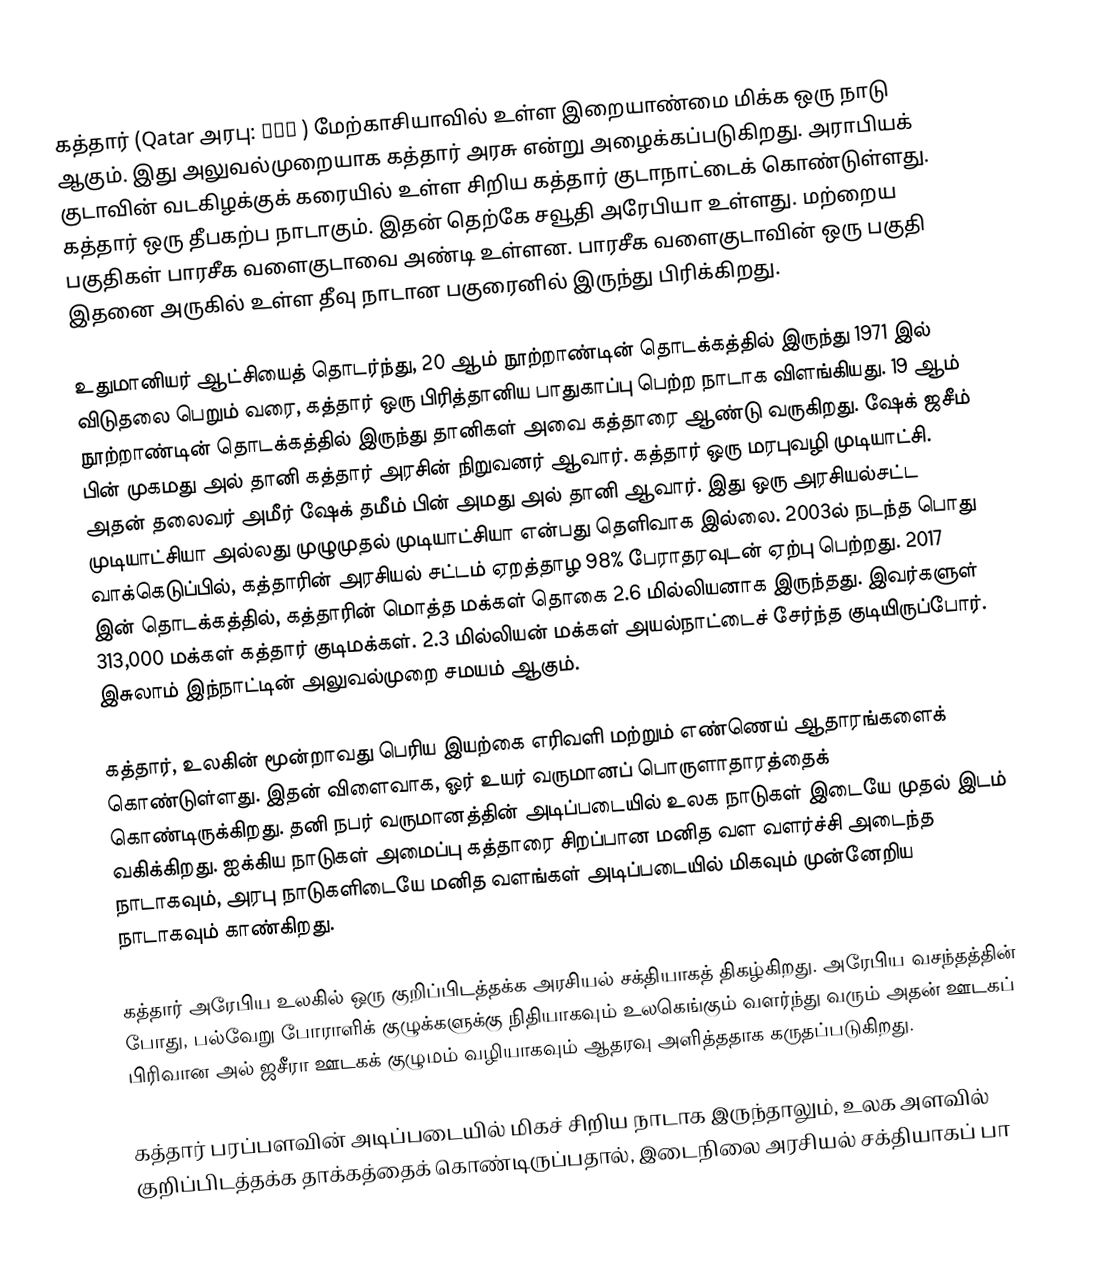
கத்தார் (Qatar அரபு: قطر ) மேற்காசியாவில் உள்ள இறையாண்மை மிக்க ஒரு நாடு ஆகும். இது அலுவல்முறையாக கத்தார் அரசு என்று அழைக்கப்படுகிறது. அராபியக் குடாவின் வடகிழக்குக் கரையில் உள்ள சிறிய கத்தார் குடாநாட்டைக் கொண்டுள்ளது. கத்தார் ஒரு தீபகற்ப நாடாகும். இதன் தெற்கே சவூதி அரேபியா உள்ளது. மற்றைய பகுதிகள் பாரசீக வளைகுடாவை அண்டி உள்ளன. பாரசீக வளைகுடாவின் ஒரு பகுதி இதனை அருகில் உள்ள தீவு நாடான பகுரைனில் இருந்து பிரிக்கிறது.

உதுமானியர் ஆட்சியைத் தொடர்ந்து, 20 ஆம் நூற்றாண்டின் தொடக்கத்தில் இருந்து 1971 இல் விடுதலை பெறும் வரை, கத்தார் ஒரு பிரித்தானிய பாதுகாப்பு பெற்ற நாடாக விளங்கியது. 19 ஆம் நூற்றாண்டின் தொடக்கத்தில் இருந்து தானிகள் அவை கத்தாரை ஆண்டு வருகிறது. ஷேக் ஜசீம் பின் முகமது அல் தானி கத்தார் அரசின் நிறுவனர் ஆவார். கத்தார் ஒரு மரபுவழி முடியாட்சி. அதன் தலைவர் அமீர் ஷேக் தமீம் பின் அமது அல் தானி ஆவார். இது ஒரு அரசியல்சட்ட முடியாட்சியா அல்லது முழுமுதல் முடியாட்சியா என்பது தெளிவாக இல்லை. 2003ல் நடந்த பொது வாக்கெடுப்பில், கத்தாரின் அரசியல் சட்டம் ஏறத்தாழ 98% பேராதரவுடன் ஏற்பு பெற்றது. 2017 இன் தொடக்கத்தில், கத்தாரின் மொத்த மக்கள் தொகை 2.6 மில்லியனாக இருந்தது. இவர்களுள் 313,000 மக்கள் கத்தார் குடிமக்கள். 2.3 மில்லியன் மக்கள் அயல்நாட்டைச் சேர்ந்த குடியிருப்போர். இசுலாம் இந்நாட்டின் அலுவல்முறை சமயம் ஆகும்.

கத்தார், உலகின் மூன்றாவது பெரிய இயற்கை எரிவளி மற்றும் எண்ணெய் ஆதாரங்களைக் கொண்டுள்ளது. இதன் விளைவாக, ஓர் உயர் வருமானப் பொருளாதாரத்தைக் கொண்டிருக்கிறது. தனி நபர் வருமானத்தின் அடிப்படையில் உலக நாடுகள் இடையே முதல் இடம் வகிக்கிறது. ஐக்கிய நாடுகள் அமைப்பு கத்தாரை சிறப்பான மனித வள வளர்ச்சி அடைந்த நாடாகவும், அரபு நாடுகளிடையே மனித வளங்கள் அடிப்படையில் மிகவும் முன்னேறிய நாடாகவும் காண்கிறது.

கத்தார் அரேபிய உலகில் ஒரு குறிப்பிடத்தக்க அரசியல் சக்தியாகத் திகழ்கிறது. அரேபிய வசந்தத்தின் போது, பல்வேறு போராளிக் குழுக்களுக்கு நிதியாகவும் உலகெங்கும் வளர்ந்து வரும் அதன் ஊடகப் பிரிவான அல் ஜசீரா ஊடகக் குழுமம் வழியாகவும் ஆதரவு அளித்ததாக கருதப்படுகிறது.

கத்தார் பரப்பளவின் அடிப்படையில் மிகச் சிறிய நாடாக இருந்தாலும், உலக அளவில் குறிப்பிடத்தக்க தாக்கத்தைக் கொண்டிருப்பதால், இடைநிலை அரசியல் சக்தியாகப் பா